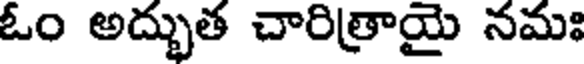
ఓం అద్భుత చారిత్రాయై నమః